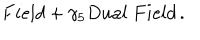
F i e l d + \gamma _ { 5 } D u a l ~ F i e l d \, . \nonumber